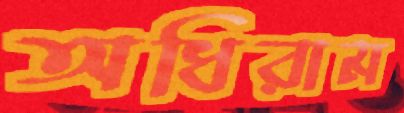
অধিরাম